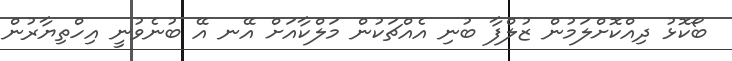
ބޯކޮޅު ދިއްކޮށްލަމުން ޒުލްފާ ބުނި އެއްޗަކުން މަލްކާއަށް އޭނ އޭ ބުނެވުނީ އިހްތިޔާރުން